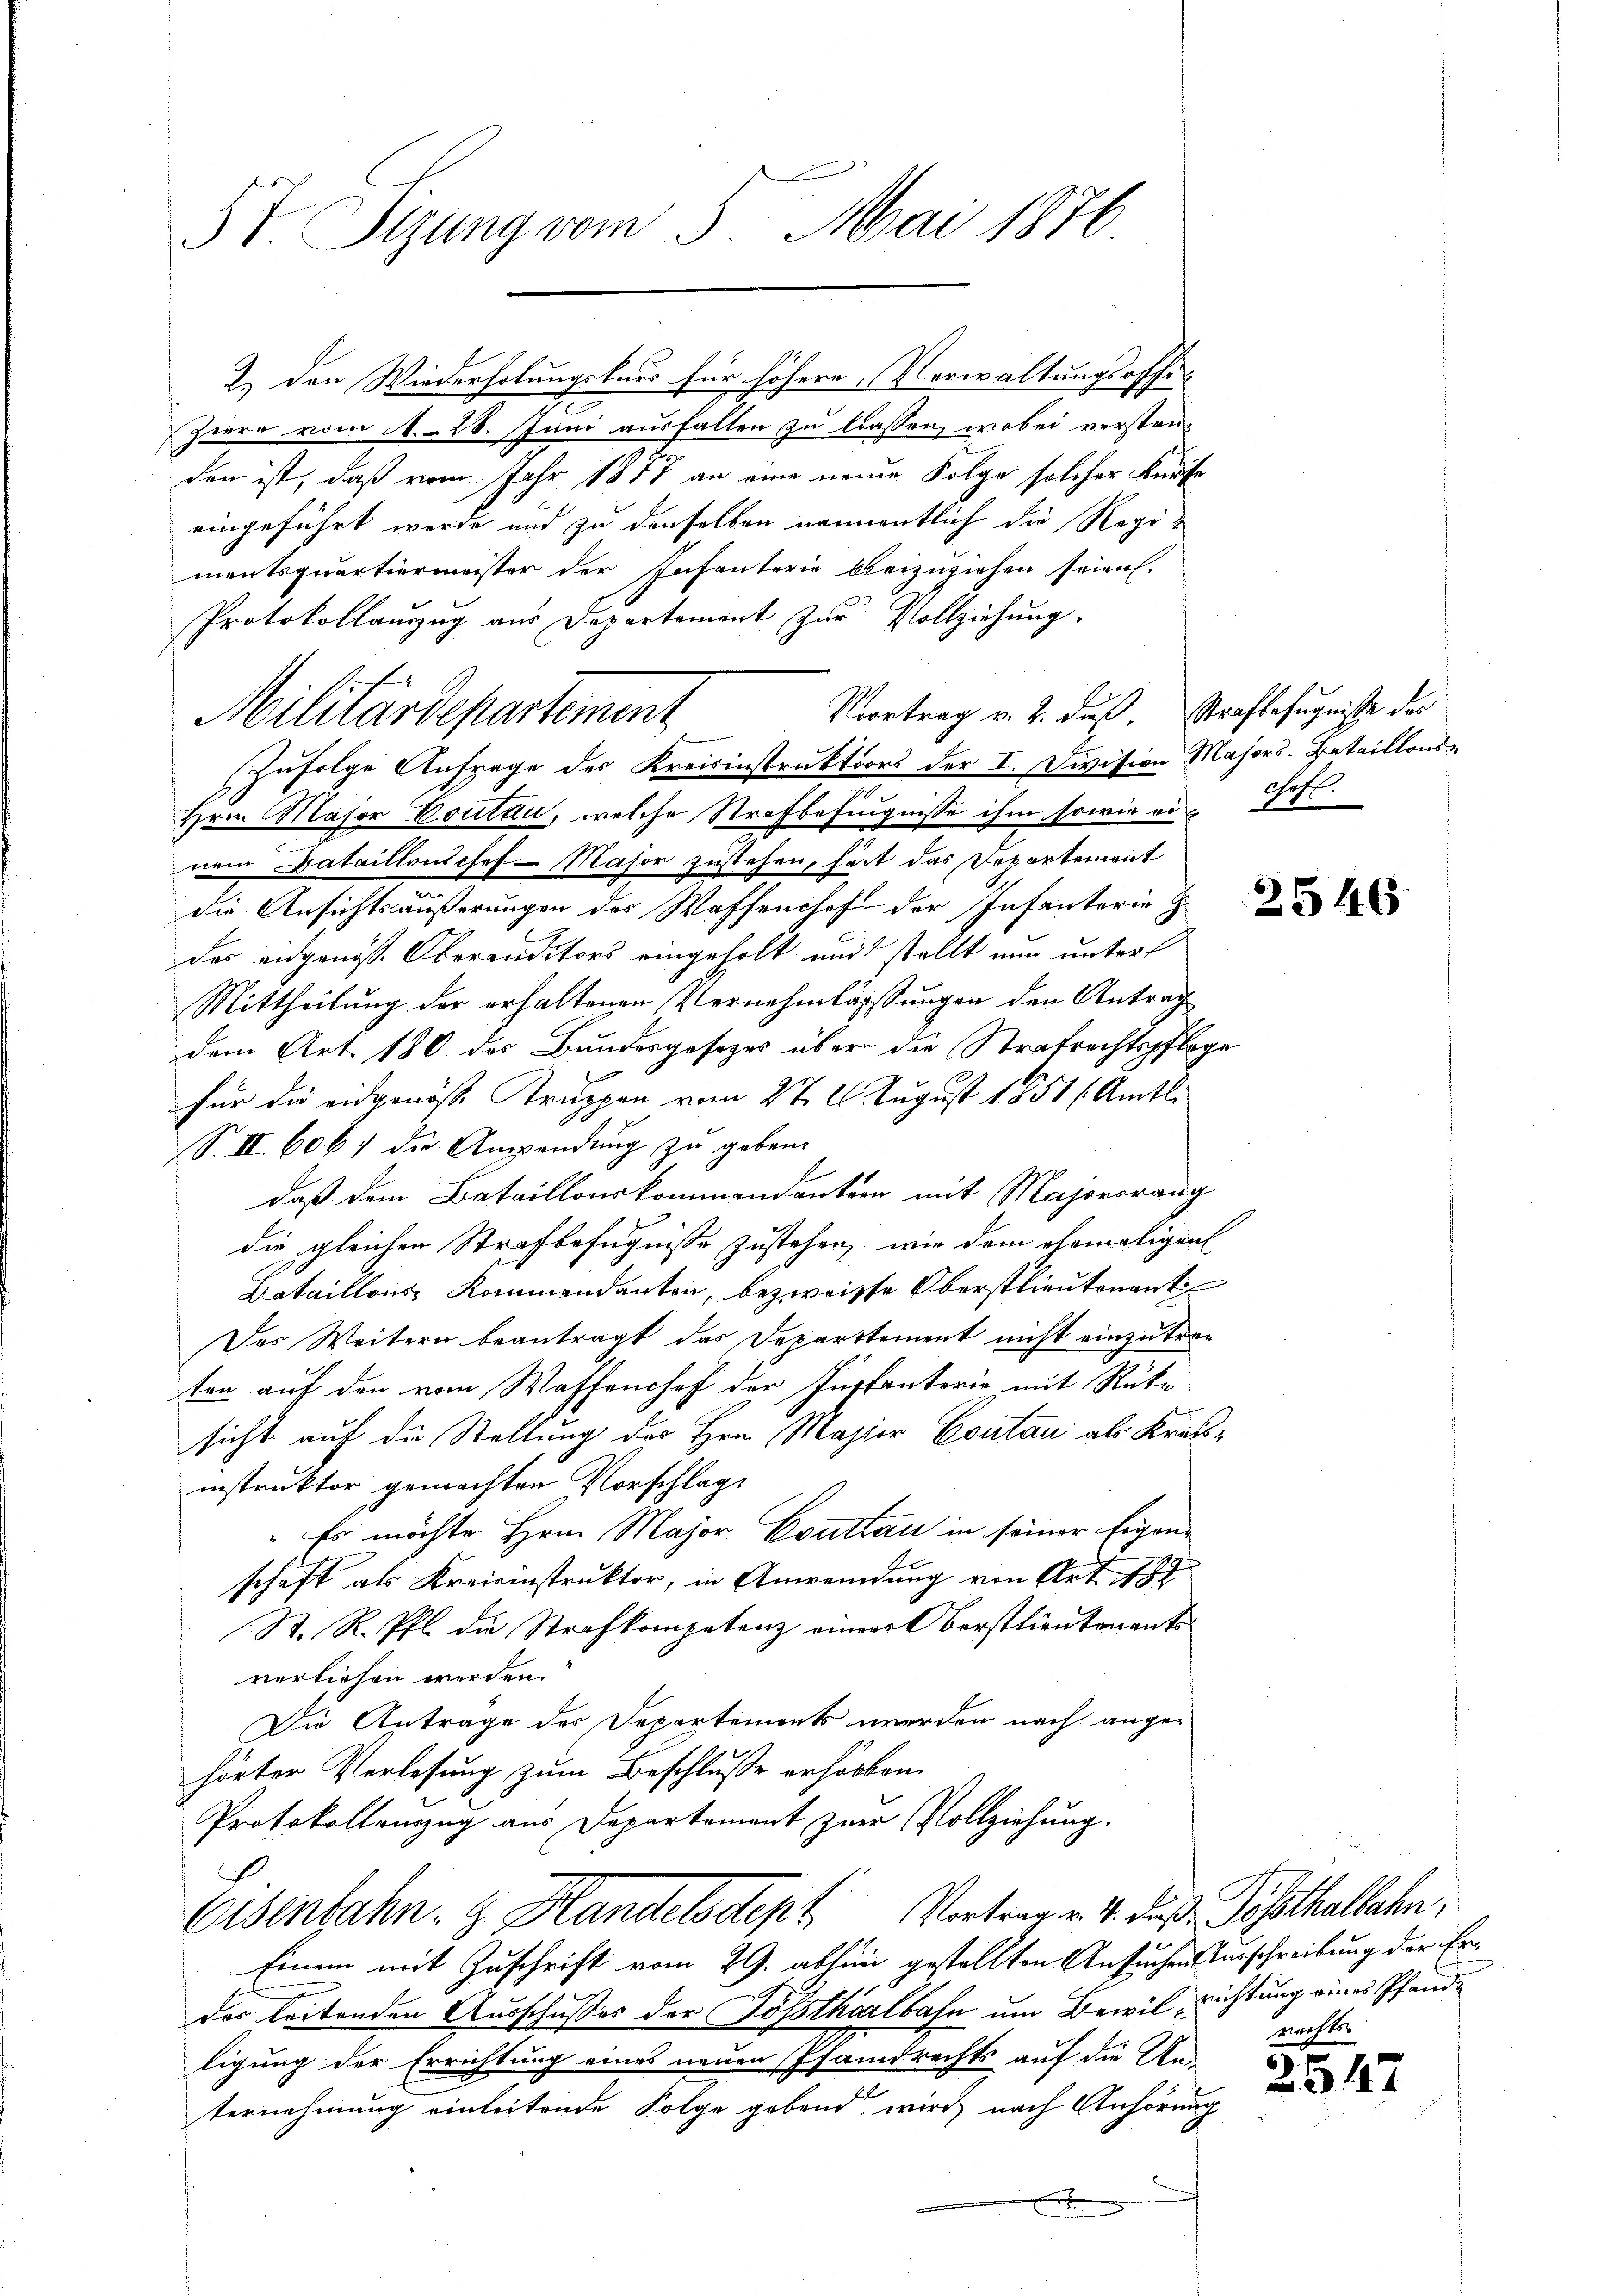
IT. Itzung vom 3. Mai 1876

s
Ziere vom 1. 28. Juni ausfallen zu lassen, wobei verstanden ist, daß vom Jahr 1857 an eine neuer Folge solcher Kaufe
eingeführt werde und zu denselben namentlich die Regimentsquartiermeister der Infanterie beizuziehen seien.
Protokollauszug aus Departement zur Vollziehung.
Vortrag v. 2. daß, Strafbefugnisse des
Zufolge Anfrage des Kreisinstruktors der I. Division Majors. Bataillons¬
Hrn. Major Coutau, welche Strafbefugnisse ihm sowie einett.
nem Dataillonsosef Major zustehen, heit das Departemont
......................
die Ansichtsäußerungen des Waffenhof der Infanterie
des eidgenöss. Oberanditors eingeholt und stellt nur unter
Mittheilung der erhaltenen Vernehmlassungen den Antrag
dem Art. 180 des Bundesgesetzes über die Strafrechtspflege
für die eidgenösse Truppen vom 27. 6. August 1851 f. Amts
S. II. 606. die Anwendung zu geben.
b
daß dem Bataillonskommendantern mit Majorsrang
die gleichen Strafbefugnisse zustehen, wie dem ehemaligen
Bataillons Kommendanten, bezweiffe Oberstlieutenant
Das Weitern beantragt das Departement nicht einzutraten auf den vom Waffenchef der Justanterio mit Rücke
sicht auf die Stellung des Hrn. Majior Contan als Krassinstruktor gemachten Vorschlag
" Es möchte Hrn. Major Couttau in seiner Eigenschaft als Kreisinstruktor, in Anwendung von Art. 187
St. R. Pfl. die Strafkompetenz einer Oberstlieutenant
verliehen werden.
Die Antrage des Departements werden nach angehörter Verlesung zum Beschlusse erhörben.
Protokolleurzug aus Departament zur Vollziehung.

2.) Den Wiederholungstaus für höhere Verwaltungsoffi¬

Militärdepartement

Eisenbahn- & Handelsstept Vortrag v. 4. daß Posthallaben,

Einem mit Zuschrift vom 29. abhin gestellten Ansuchen Ausschreibung der Erder leitenden Ausschusses der Posthalbahn um Bewil, richtung eines Pfände
ligung der Errichtung eines neuen Pfandrechts auf die Un-
n
ternehmung einleitende Folge gebend wird nach Anhörung
.

rechts

2547